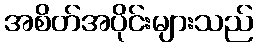
အစိတ်အပိုင်းများသည်